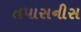
તપાસનીસ